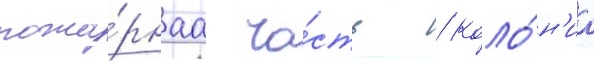
пожа́рнаа ча́сть / коло́н'иа